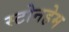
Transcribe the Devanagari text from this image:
स्टोनहेम